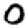
Digit: 0